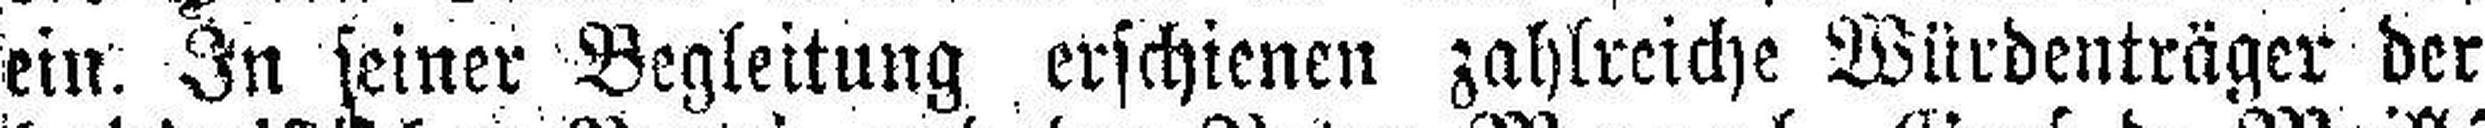
ein. In seiner Begleitung erschienen zahlreiche Würdenträger der